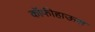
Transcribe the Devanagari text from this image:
कॉफीहाऊस